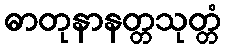
ဓာတုနာနတ္တသုတ္တံ